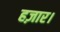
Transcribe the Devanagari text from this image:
हज़ार।